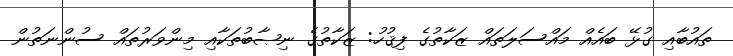
ތައުބާއި ގުޅޭ ބައެއް މައްސަލަތައް ޒަކާތުގެ ފިޤުހު: ޒަކާތުގެ ނިޞާބުތަކާއި މިންވަރުތައް ސުންނަތުން